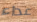
عداء